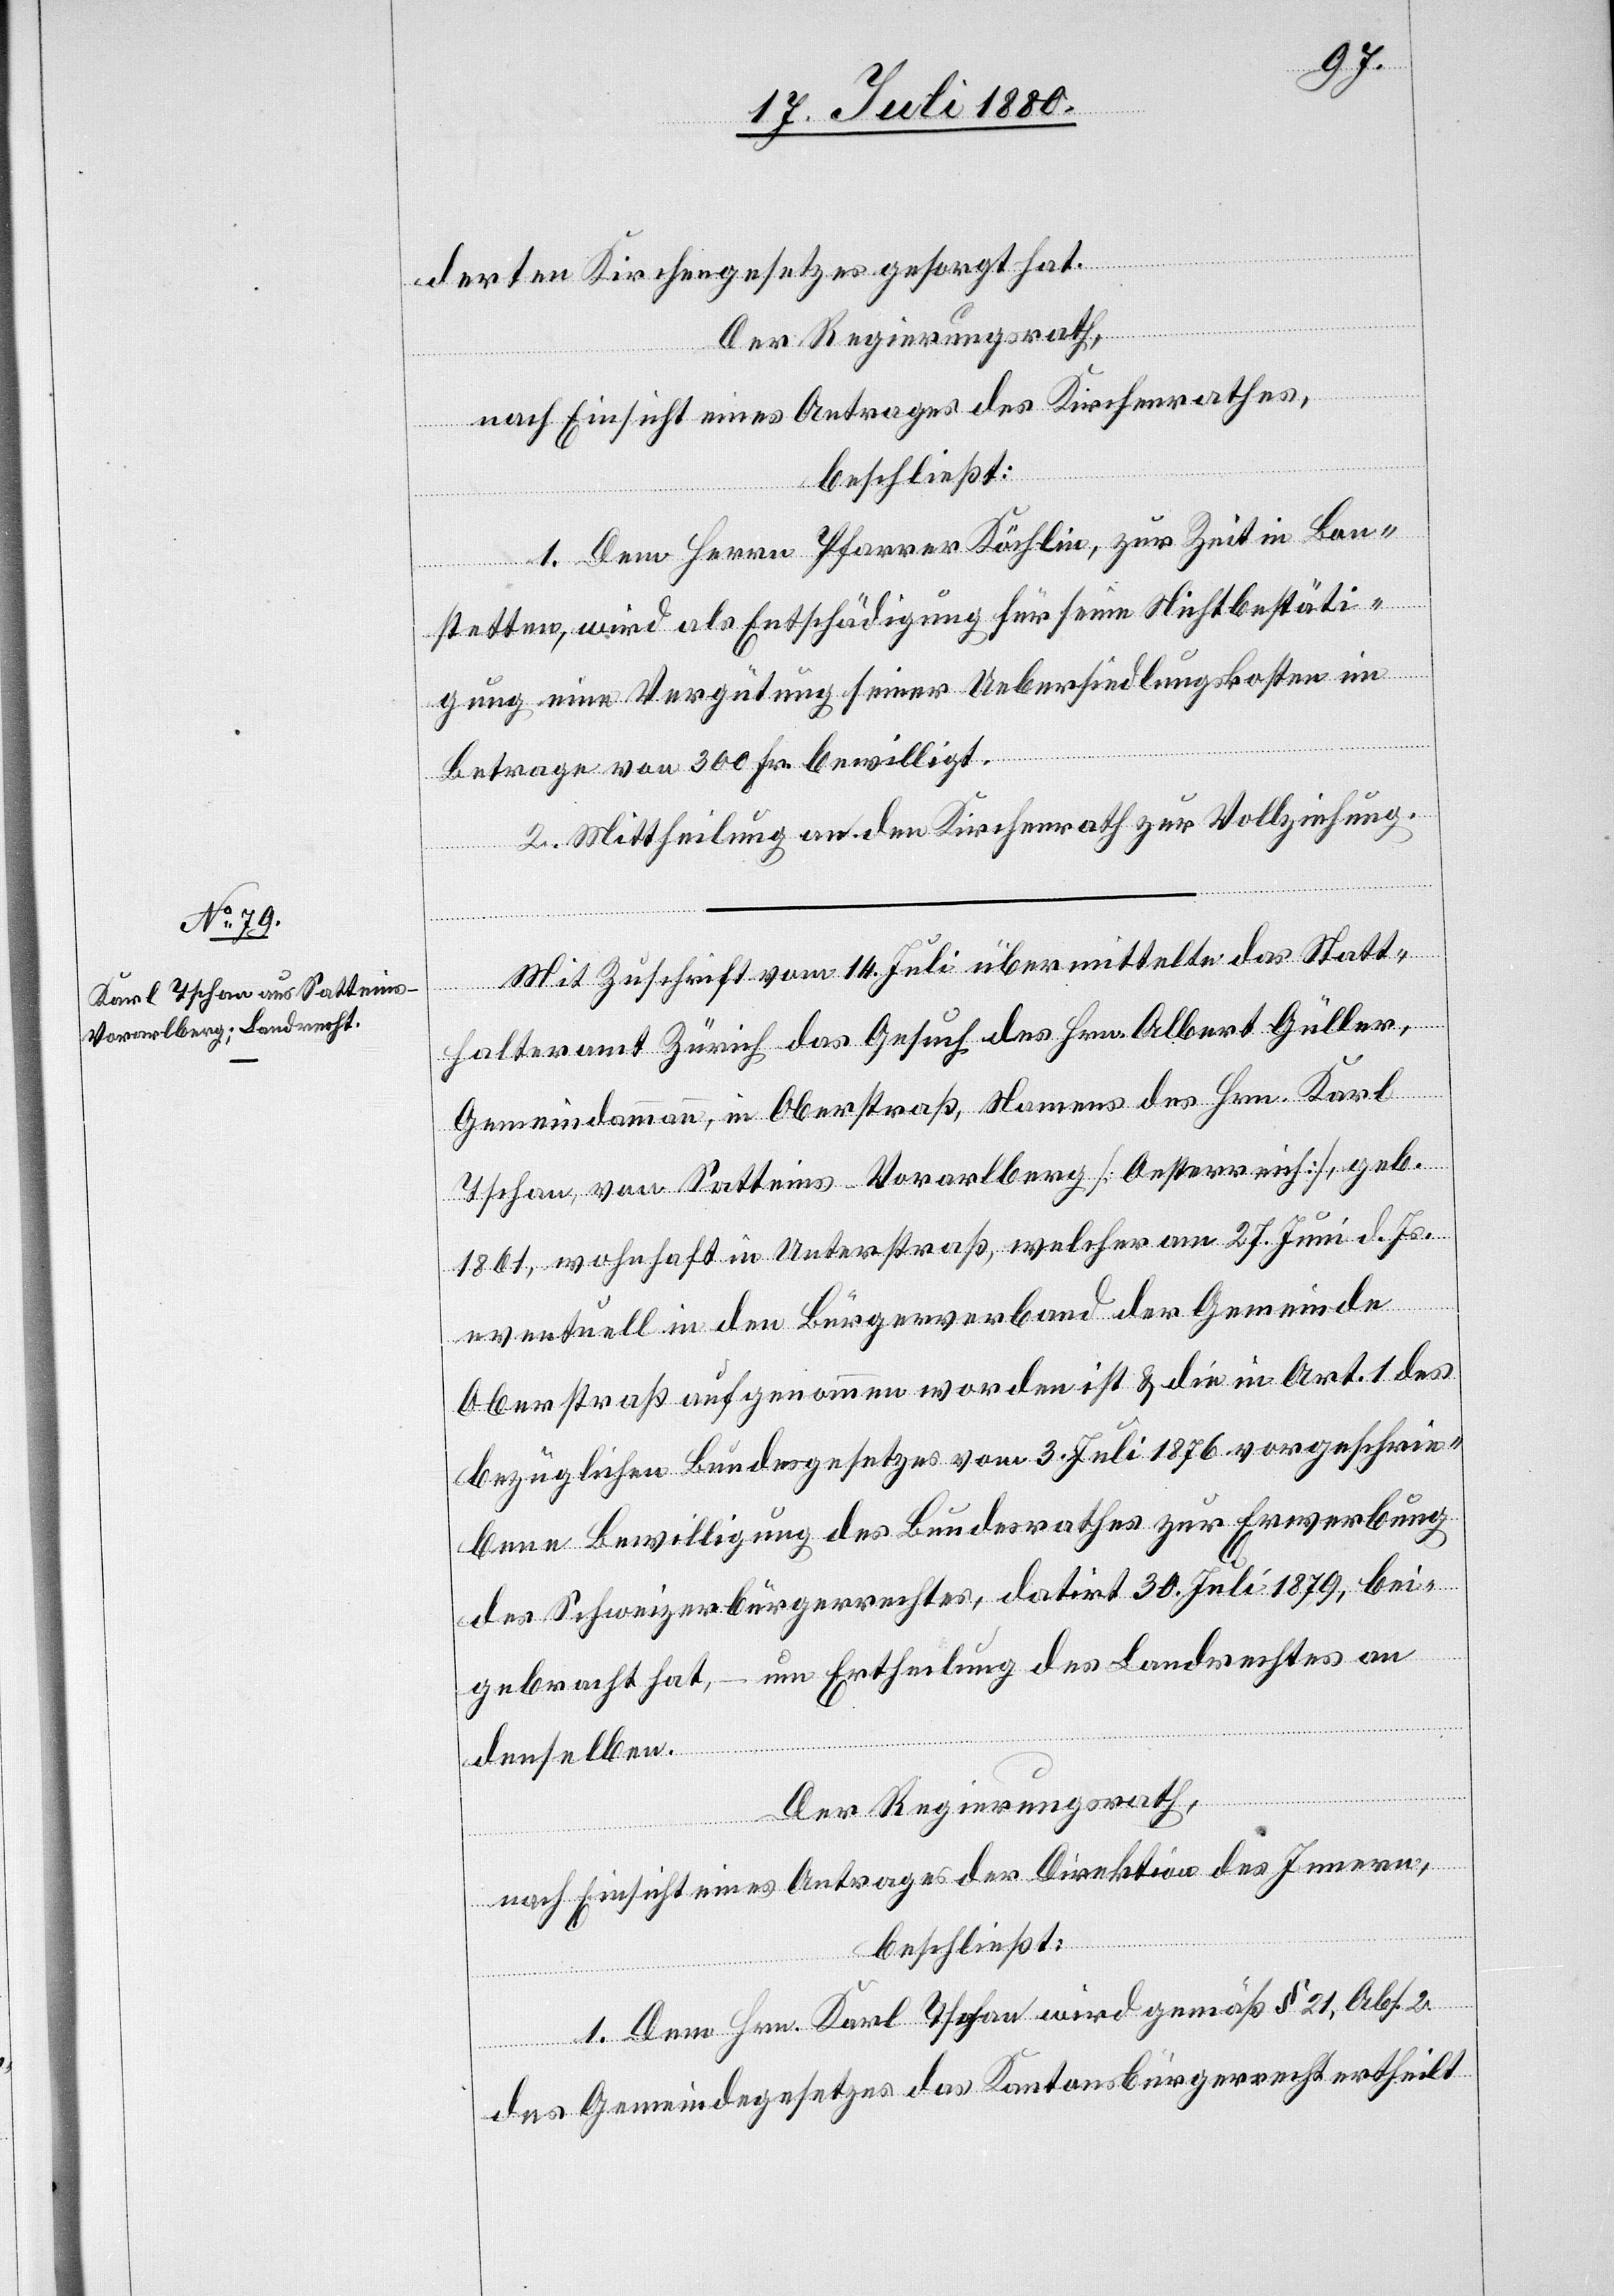
derten Kirchengesetzes gesorgt hat.
Der Regierungsrath,
nach Einsicht eines Antrages des Kirchenrathes,
beschließt:
1. Dem Herrn Pfarrer Köchlin, zur Zeit in Bon¬
stetten, wird als Entschädigung für seine Nichtbestäti¬
gung eine Vergütung seiner Uebersiedlungskosten im
Betrage von 300 Fr. bewilligt.
2. Mittheilung an den Kirchenrath zur Vollziehung.
Mit Zuschrift vom 14. Juli übermittelte das Statt¬
–
an
halteramt Zürich das Gesuch des Hrn. Albert Güller,
Gemeindammann, in Oberstraß, Namens des Hrn. Karl
Tschan, von Satteins - Vorarlberg [Oesterreich], geb.
1861, wohnhaft in Unterstraß, welcher am 27. Juni d. Js.
eventuell in den Bürgerverband der Gemeinde
Oberstraß aufgenommen worden ist & die in Art. 1 des
bezüglichen Bundesgesetzes vom 3. Juli 1879, beigebrach¬
denselben.
Der Regierungsrath,
nach Einsicht eines Antrages der Direktion des Innern,
beschließt:
1. Dem Hrn. Karl Tschan wird gemäß § 21, Abs. 2
des Gemeindegesetztes das Kantonsbürgerrecht ertheilt